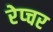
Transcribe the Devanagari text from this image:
रेप्चर